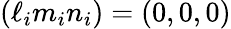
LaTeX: (\ell_{i}m_{i}n_{i})=(0,0,0)